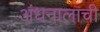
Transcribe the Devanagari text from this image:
अंधनालाची